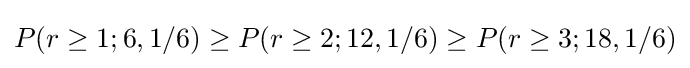
P(r\geq 1;6,1/6)\geq P(r\geq 2;12,1/6)\geq P(r\geq 3;18,1/6)